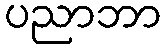
ပညာဘာ